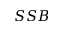
S S B